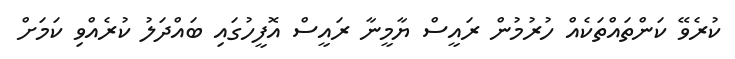
ކުރެވޭ ކަންތައްތަކެއް ހުރުމުން ރައީސް ޔާމީނާ ރައީސް އޮފީހުގައި ބައްދަލު ކުރެއްވި ކަމަށް